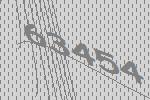
63454